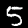
Digit: 5